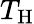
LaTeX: T_{\mathrm{{H}}}